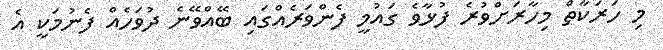
މި ހަރަކާތް މިހާރަށްވުރެ ފުޅާވެ ގައުމީ ފެންވަރެއްގައި ބޭއްވޭނެ ދުވަހެއް ފެނުމަކީ އެ